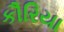
કૌરિયા